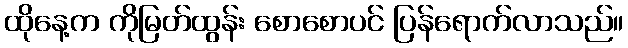
ထိုနေ့က ကိုမြတ်ထွန်း စောစောပင် ပြန်ရောက်လာသည်။